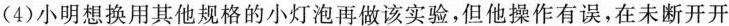
(4)小明想换用其他规格的小灯泡再做该实验，但他操作有误，在未断开开